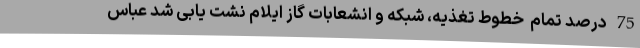
75 درصد تمام  خطوط تغذیه، شبکه و انشعابات گاز ایلام نشت یابی شد عباس